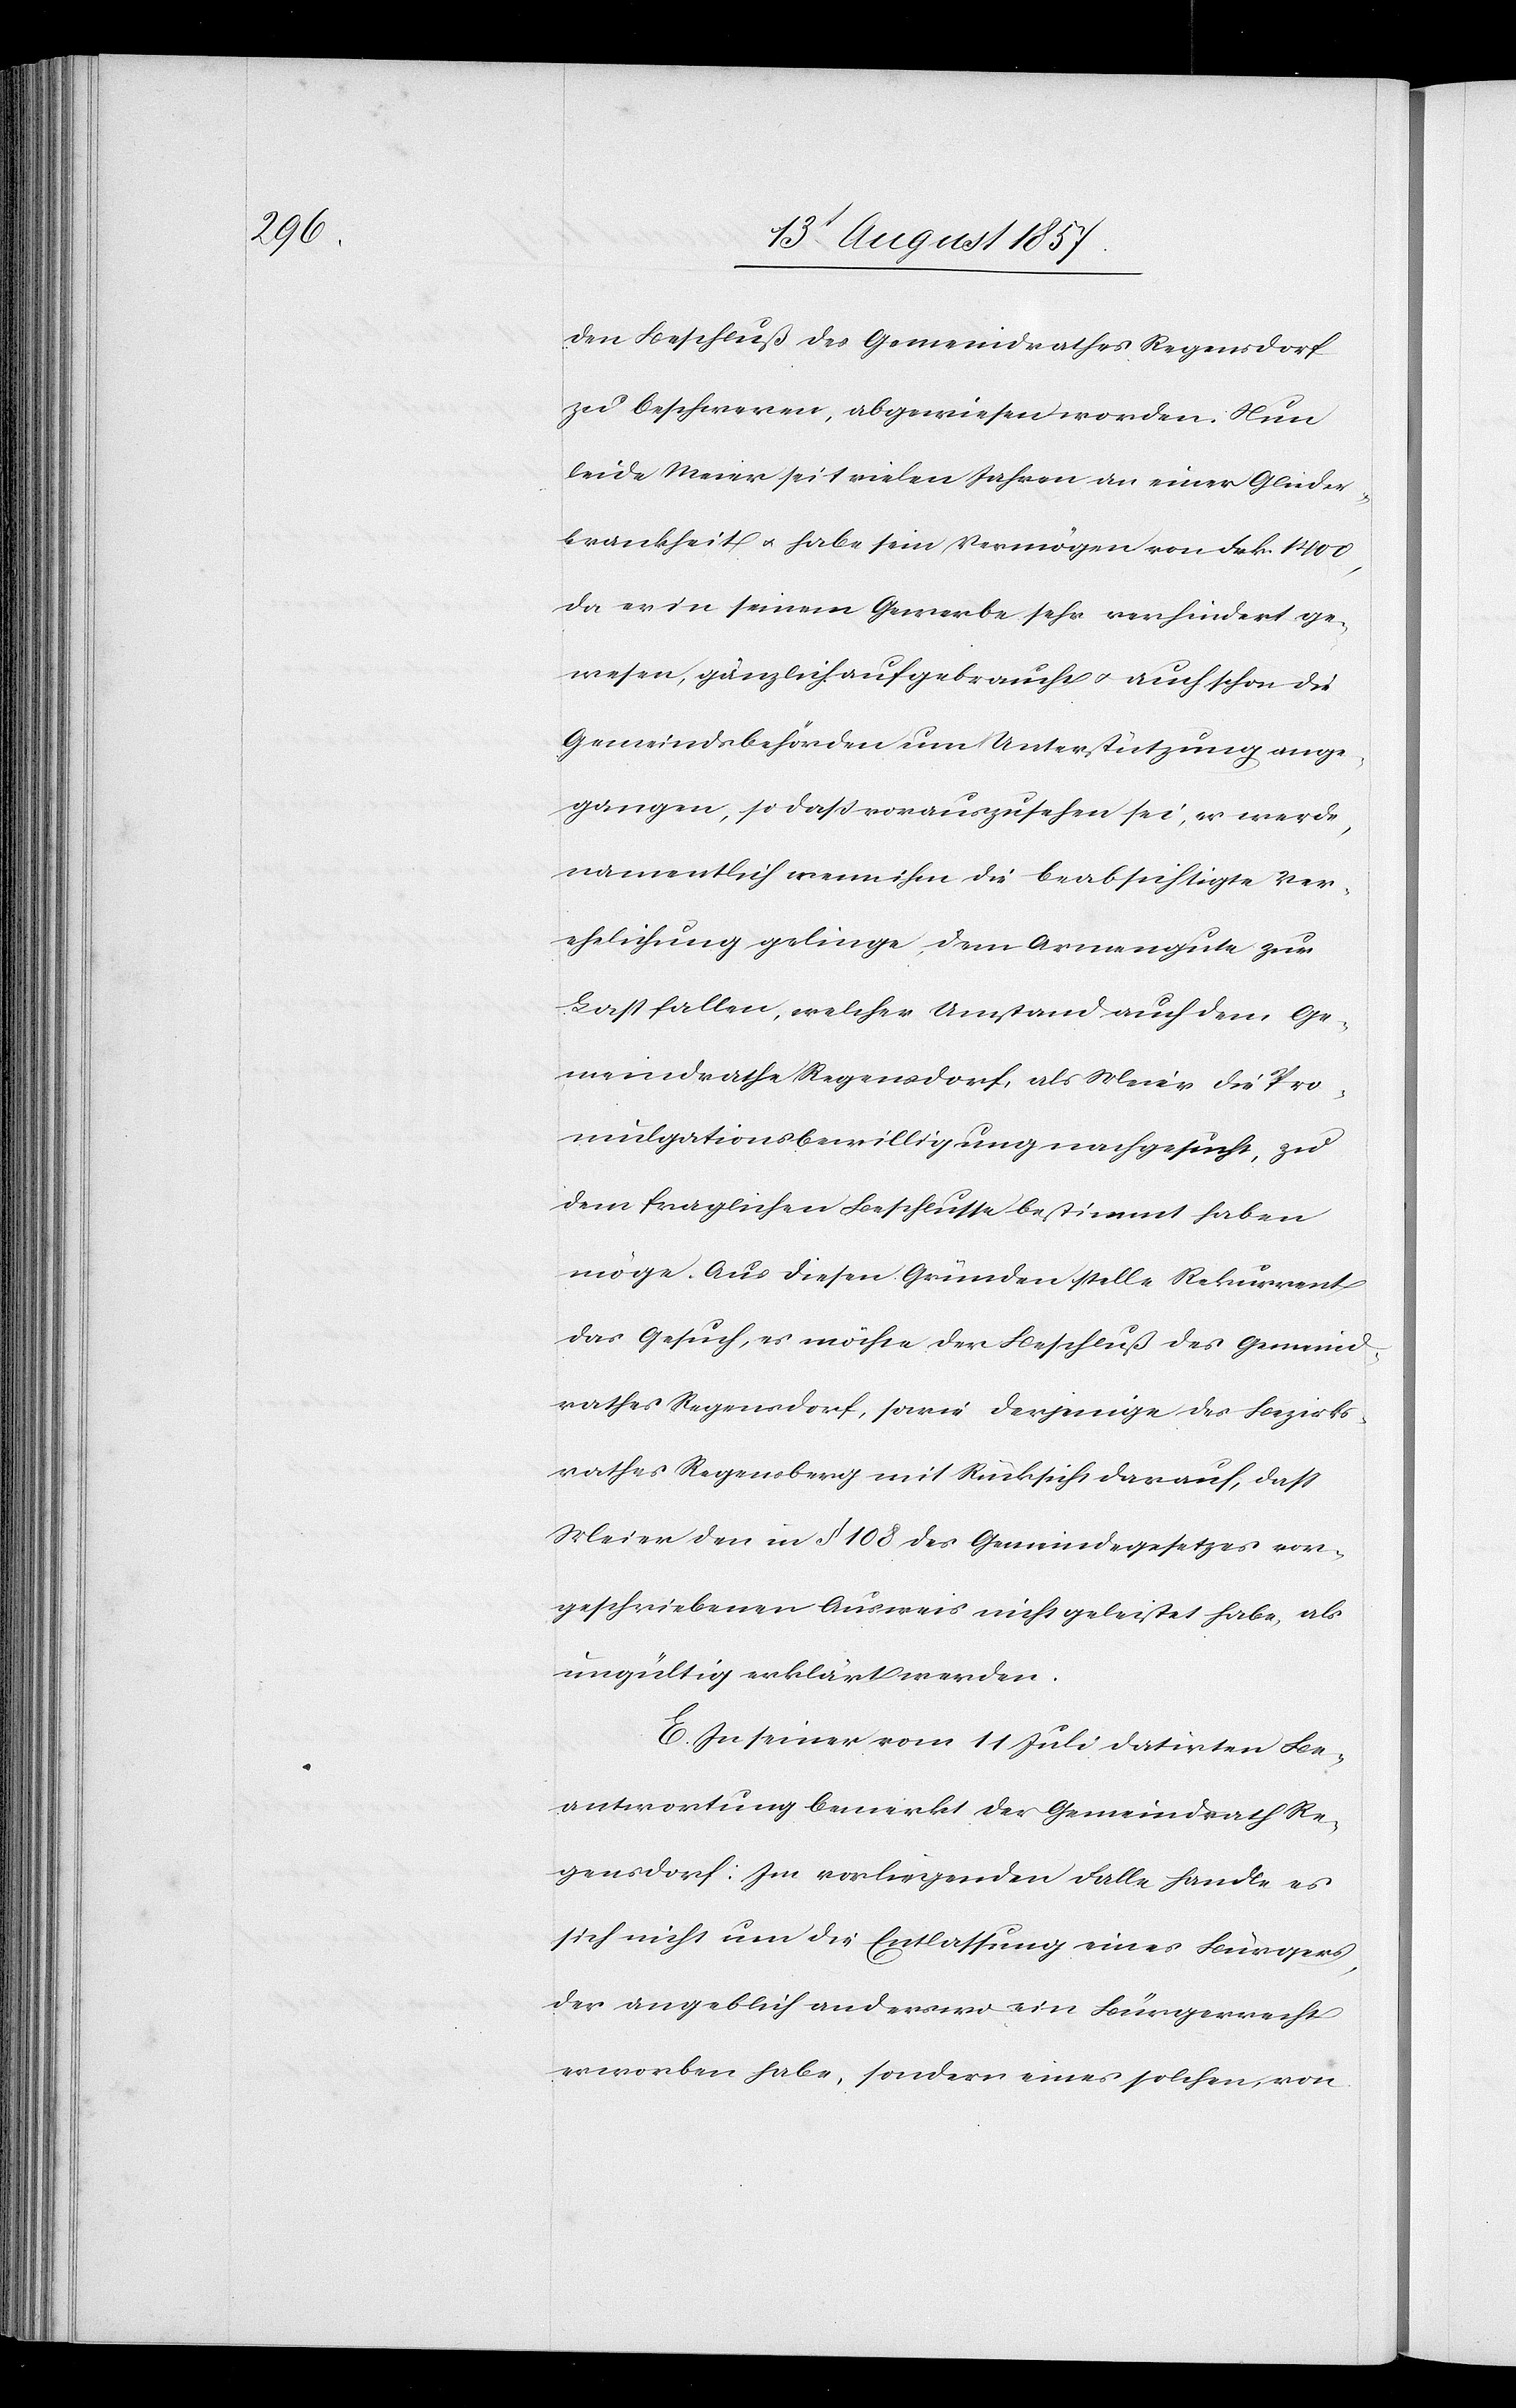
den Beschluß des Gemeindrathes Regensdorf
zu beschweren, abgewiesen worden. Nun
leide Meier seit vielen Jahren an einer Glieder¬
krankheit & habe sein Vermögen von Frk. 1 400,
da er in seinem Gewerbe sehr verhindert ge¬
wesen, gänzlich aufgebraucht & auch schon die
Gemeindsbehörden um Unterstützung ange¬
gangen, so dass vorauszusehen sei, er werde,
namentlich wenn ihm die beabsichtigte Ver¬
ehelichung gelinge, dem Armengute zur
Last fallen, welcher Anstand auch dem Ge¬
meindrathe Regensdorf, als Meier die Pro¬
mulgationsbewilligung nachgesucht, zu
dem fraglichen Beschlusse bestimmt haben
möge. Aus diesen Gründen stelle Rekurrent
das Gesuch, es möchte der Beschluß des Gemeind¬
rathes Regensdorf, sowie derjenige des Bezirks¬
rathes Regensberg, mit Rücksicht darauf, daß
Meier den in § 108 des Gemeindegesetzes vor¬
geschriebenen Ausweis nicht geleistet habe, als
ungültig erklärt werden.
E. In seiner vom 11 Juli datirten Be¬
antwortung bemerkt der Gemeindrath Re¬
gensdorf: Im vorliegenden Falle handle es
sich nicht um die Entlassung eines Bürgers,
der angeblich anderswo ein Bürgerrecht
erworben habe, sondern eines solchen, von